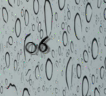
06